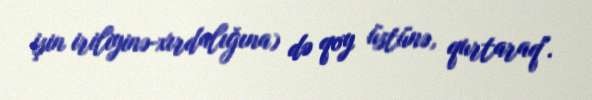
işin iriliyinə-xırdalığına) də qoy üstünə, qurtaraq".